Indian journal of veterinary science and animal husbandry - Volume 3,
Year: 1933
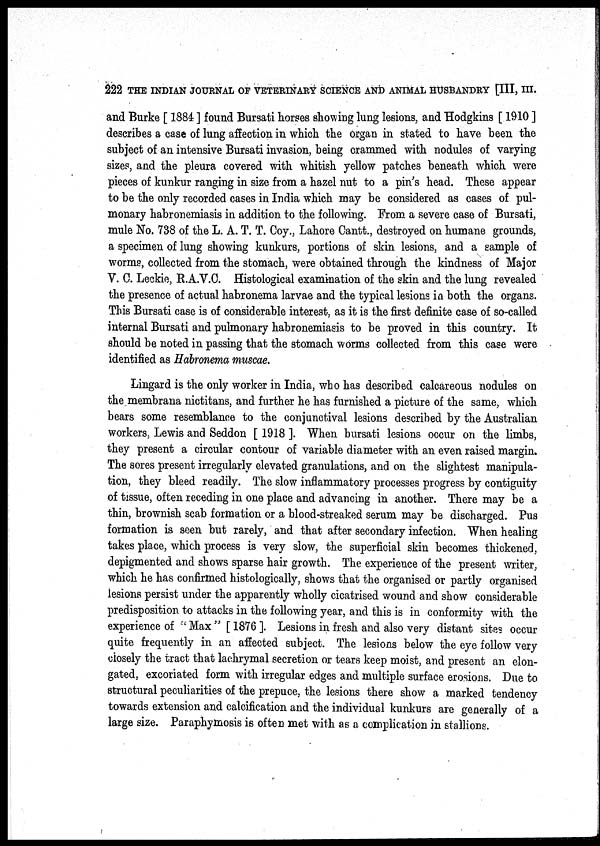
222 THE INDIAN JOURNAL OF VETERINARY SCIENCE AND ANIMAL HUSBANDRY [III, III.
and Burke [ 1884 ] found Bursati horses showing lung lesions, and Hodgkins [ 1910 ]
describes a case of lung affection in which the organ in stated to have been the
subject of an intensive Bursati invasion, being crammed with nodules of varying
sizes, and the pleura covered with whitish yellow patches beneath which were
pieces of kunkur ranging in size from a hazel nut to a pin's head. These appear
to be the only recorded cases in India which may be considered as cases of pul-
monary habronemiasis in addition to the following. From a severe case of Bursati,
mule No. 738 of the L. A. T. T. Coy., Lahore Cantt., destroyed on humane grounds,
a specimen of lung showing kunkurs, portions of skin lesions, and a sample of
worms, collected from the stomach, were obtained through the kindness of Major
V. C. Leckie, R.A.V.C. Histological examination of the skin and the lung revealed
the presence of actual habronema larvae and the typical lesions in both the organs.
This Bursati case is of considerable interest, as it is the first definite case of so-called
internal Bursati and pulmonary habronemiasis to be proved in this country. It
should be noted in passing that the stomach worms collected from this case were
identified as Habronema muscae.
Lingard is the only worker in India, who has described calcareous nodules on
the membrana nictitans, and further he has furnished a picture of the same, which
bears some resemblance to the conjunctival lesions described by the Australian
workers, Lewis and Seddon [ 1918 ]. When bursati lesions occur on the limbs,
they present a circular contour of variable diameter with an even raised margin.
The sores present irregularly elevated granulations, and on the slightest manipula-
tion, they bleed readily. The slow inflammatory processes progress by contiguity
of tissue, often receding in one place and advancing in another. There may be a
thin, brownish scab formation or a blood-streaked serum may be discharged. Pus
formation is seen but rarely, and that after secondary infection. When healing
takes place, which process is very slow, the superficial skin becomes thickened,
depigmented and shows sparse hair growth. The experience of the present writer,
which he has confirmed histologically, shows that the organised or partly organised
lesions persist under the apparently wholly cicatrised wound and show considerable
predisposition to attacks in the following year, and this is in conformity with the
experience of "Max " [ 1876 ]. Lesions in fresh and also very distant sites occur
quite frequently in an affected subject. The lesions below the eye follow very
ciosely the tract that lachrymal secretion or tears keep moist, and present an elon-
gated, excoriated form with irregular edges and multiple surface erosions. Due to
structural peculiarities of the prepuce, the lesions there show a marked tendency
towards extension and calcification and the individual kunkurs are generally of a
large size. Paraphymosis is often met with as a complication in stallions.